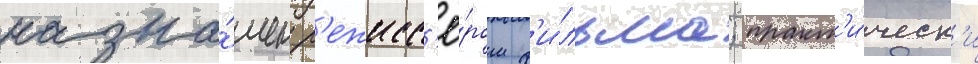
назна́чен р'ежисс'ё́ром ф'и́льма; практ'и́ческ'и